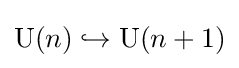
\operatorname {U} (n)\hookrightarrow \operatorname {U} (n+1)